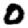
Digit: 0